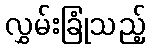
လွှမ်းခြုံသည့်